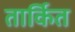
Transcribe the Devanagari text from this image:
तार्कित